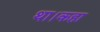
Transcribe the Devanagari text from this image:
था।कहा